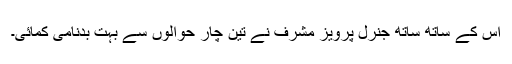
اس کے ساتھ ساتھ جنرل پرویز مشرف نے تین چار حوالوں سے بہت بدنامی کمائی۔